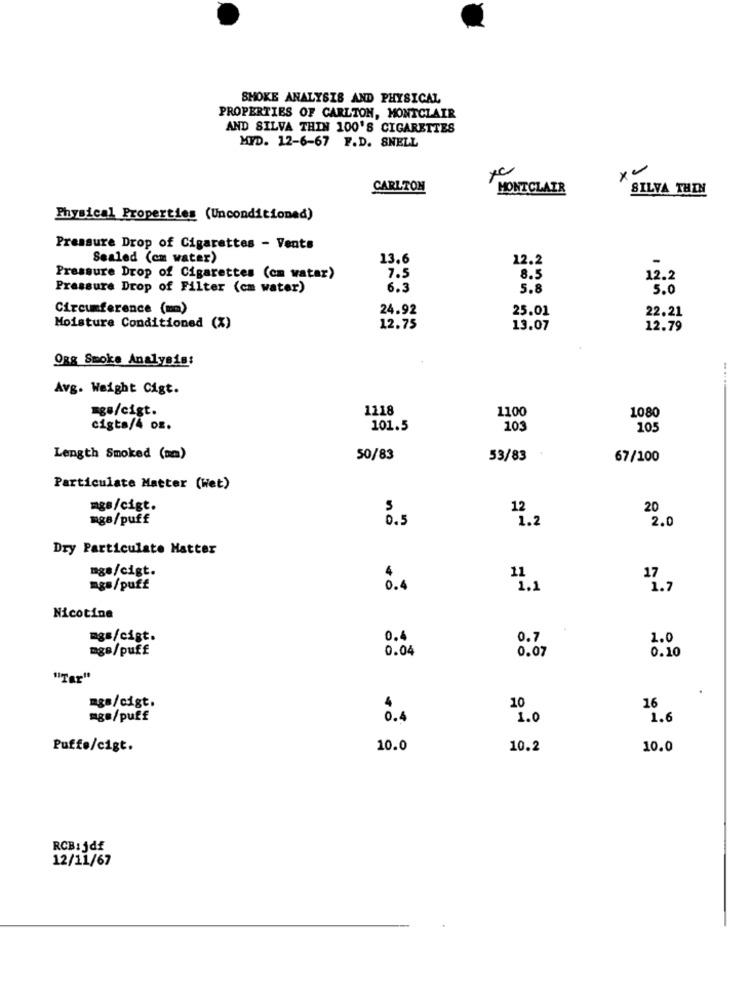
SMOKE ANALYSIS AND PHYSICAL
PROPERTIES OF CARLTON, MONTCLAIR
AND SILVA THIN 100'S CIGARETTES
MYD. 12-6-67 F.D. SNELL
CARLTON
MONTCLAIR
SILVA THIN
Physical Properties (Unconditioned)
Pressure Drop of Cigarettes - Vents
Sealed (cm water)
13.6
12.2
Pressure Drop of Cigarettes (cm watar)
7.5
8.5
12.2
Pressure Drop of Filter (cm water)
6.3
5.8
5.0
Circumference (mm)
24.92
25.01
22.21
Moisture Conditioned (X)
12.75
13.07
12.79
ORg Smoke Analysis:
Avg. Weight Cigt.
ngu/cigt.
1118
1100
1080
cigts/4 og.
101.5
10
10
Length Smoked (mm)
50/83
53/83
67/100
Particulate Matter (Het)
mgs/cigt.
12
20
mgB/puff
1.2
2.0
Dry Particulate Hatter
mgs/cigt.
4
11
mg=/puff
0.4
1.1
17.7
Nicotine
mgs/cigt.
0.4
0.7
1.0
mgs/puff
0.04
0.07
0.10
"Tar"
mgB/cigt.
4
10
16
mg=/puff
0.4
1.0
1.6
Puffe/cigt.
10.0
10.2
10.0
RCB:jdf
12/11/67